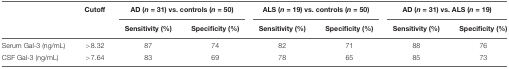
<table><thead><tr><td></td><td><b>Cutoff</b></td><td colspan="2"><b>AD (<i>n</i> = 31) vs. controls (<i>n</i> = 50)</b></td><td colspan="2"><b>ALS (<i>n</i> = 19) vs. controls (<i>n</i> = 50)</b></td><td colspan="2"><b>AD (<i>n</i> = 31) vs. ALS (<i>n</i> = 19)</b></td></tr><tr><td></td><td></td><td><b>Sensitivity (%)</b></td><td><b>Specificity (%)</b></td><td><b>Sensitivity (%)</b></td><td><b>Specificity (%)</b></td><td><b>Sensitivity (%)</b></td><td><b>Specificity (%)</b></td></tr></thead><tbody><tr><td>Serum Gal-3 (ng/mL)</td><td>&gt;8.32</td><td>87</td><td>74</td><td>82</td><td>71</td><td>88</td><td>76</td></tr><tr><td>CSF Gal-3 (ng/mL)</td><td>&gt;7.64</td><td>83</td><td>69</td><td>78</td><td>65</td><td>85</td><td>73</td></tr></tbody></table>